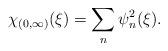
LaTeX: \begin{align*}\chi_{(0,\infty)}(\xi)=\sum_n\psi_n^2(\xi).\end{align*}